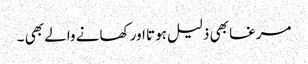
مرغا بھی ذلیل ہوتا اور کھانے والے بھی ۔